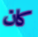
كان